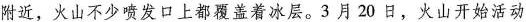
附近，火山不少喷发口上都覆盖着冰层。3月20日，火山开始活动